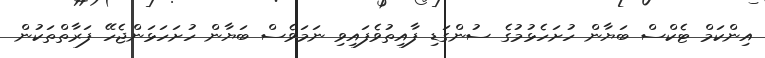
އިންކަމް ޓެކްސް ބަޔާން ހުށަހެޅުމުގެ ސުންގަޑި ފާއިތުވެފައިވި ނަމަވެސް ބަޔާން ހުށަހަޅަންޖެހޭ ފަރާތްތަކުން